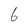
Character: 6